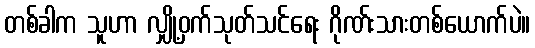
တစ်ခါက သူဟာ လျှို့ဝှက်သုတ်သင်ရေး ဂိုဏ်းသားတစ်ယောက်ပဲ။